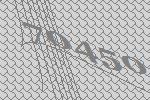
70450